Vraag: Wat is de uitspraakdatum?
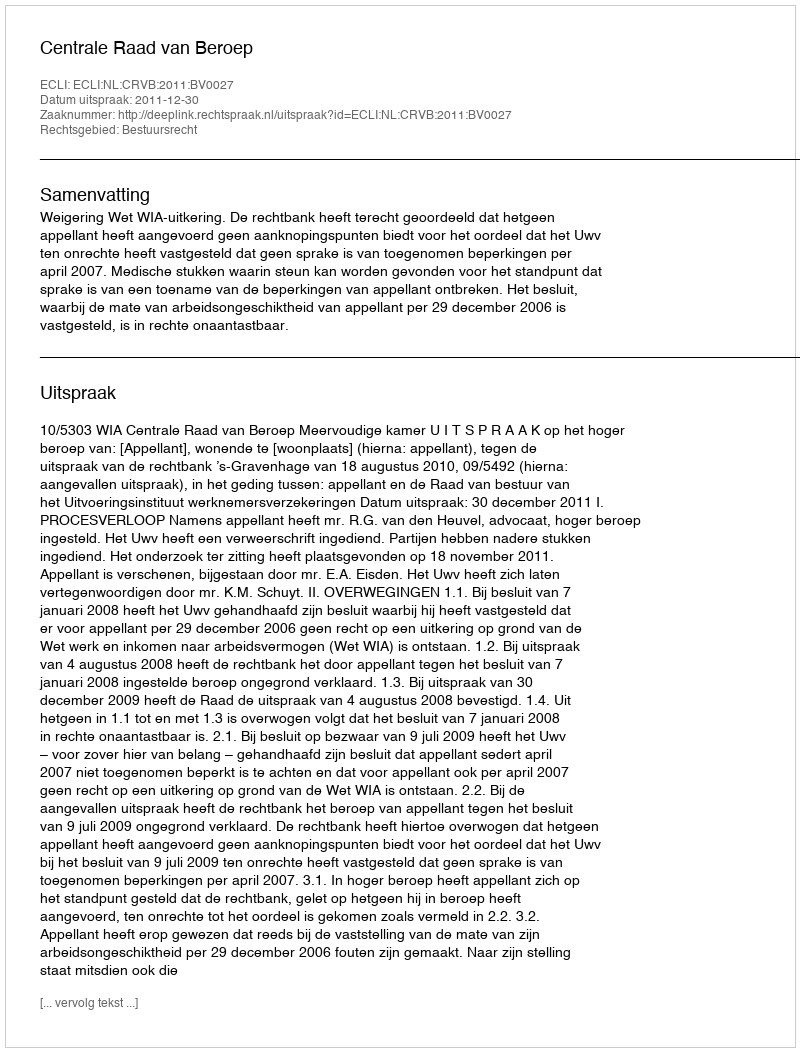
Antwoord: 2011-12-30